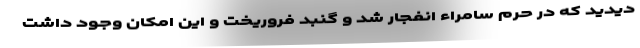
دیدید که در حرم سامراء انفجار شد و گنبد فروریخت و این امکان وجود داشت